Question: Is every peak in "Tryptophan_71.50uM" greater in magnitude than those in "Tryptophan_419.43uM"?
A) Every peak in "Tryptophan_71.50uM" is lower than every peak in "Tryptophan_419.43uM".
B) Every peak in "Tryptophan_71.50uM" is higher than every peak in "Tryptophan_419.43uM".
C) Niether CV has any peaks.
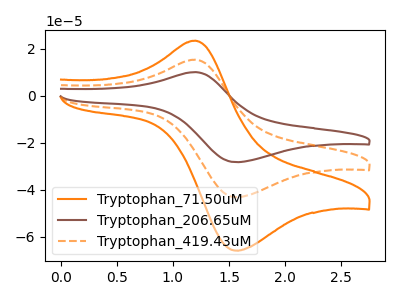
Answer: <think>The orange curve "Tryptophan_71.50uM" has an anodic peak at (1.20V, 23.45uA) and a cathodic peak at (1.55V, -66.00uA). The brown curve "Tryptophan_206.65uM" has an anodic peak at (1.20V, 30.70uA) and a cathodic peak at (1.55V, -86.40uA). The orange dashed curve "Tryptophan_419.43uM" has an anodic peak at (1.20V, 15.35uA) and a cathodic peak at (1.55V, -43.20uA).</think>
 <answer>B) Every peak in "Tryptophan_71.50uM" is higher than every peak in "Tryptophan_419.43uM".</answer>
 <eval>B</eval>